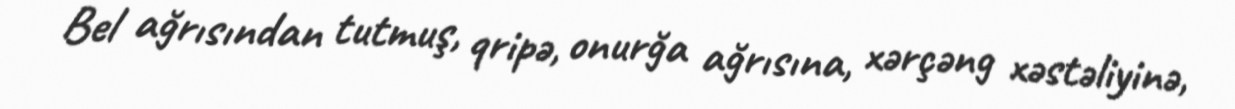
Bel ağrısından tutmuş, qripə, onurğa ağrısına, xərçəng xəstəliyinə,